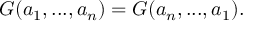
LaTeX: { \cal G } ( a _ { 1 } , . . . , a _ { n } ) = { \cal G } ( a _ { n } , . . . , a _ { 1 } ) .